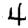
Digit: 4